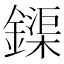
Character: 𨬡